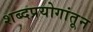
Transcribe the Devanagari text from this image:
शब्दप्रयोगांतून